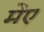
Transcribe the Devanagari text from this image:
मेंए